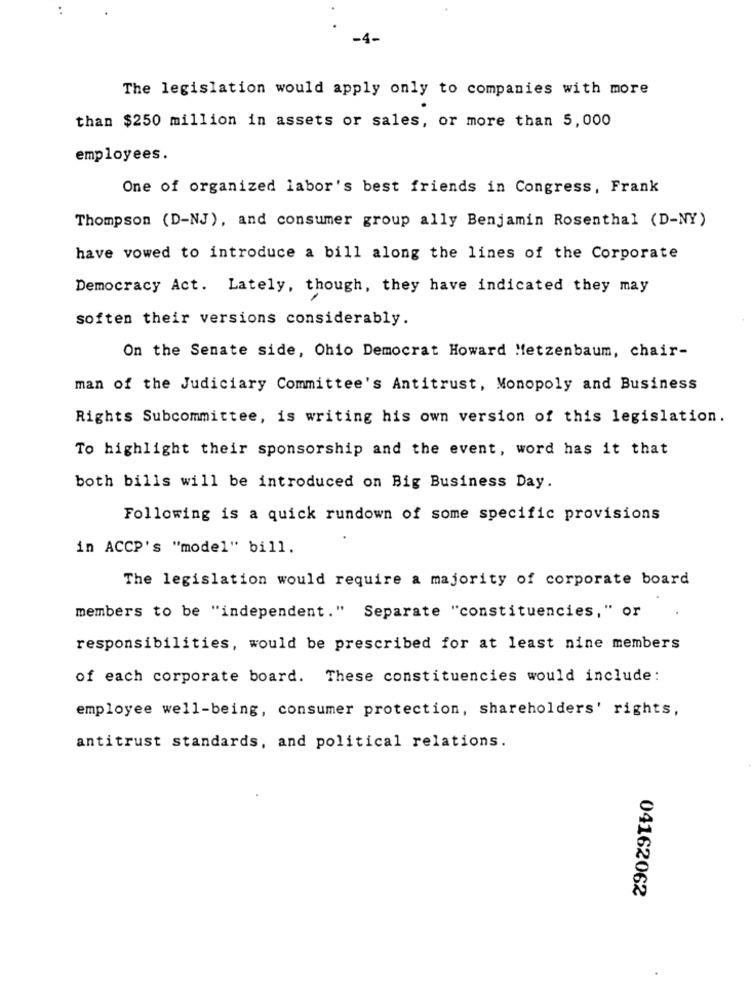
-4-
The legislation would apply only to companies with more
than $250 million in assets or sales, or more than 5,000
employees.
One of organized labor's best friends in Congress, Frank
Thompson (D-NJ), and consumer group ally Benjamin Rosenthal (D-NY)
have vowed to introduce a bill along the lines of the Corporate
Democracy Act. Lately, though, they have indicated they may
soften their versions considerably.
On the Senate side, Ohio Democrat Howard Metzenbaum, chair-
man of the Judiciary Committee's Antitrust, Monopoly and Business
Rights Subcommittee, is writing his own version of this legislation.
To highlight their sponsorship and the event, word has it that
both bills will be introduced on Big Business Day.
Following is a quick rundown of some specific provisions
in ACCP's "model" bill.
The legislation would require a majority of corporate board
members to be "independent." Separate "constituencies," or
responsibilities, would be prescribed for at least nine members
of each corporate board. These constituencies would include:
employee well-being, consumer protection, shareholders' rights,
antitrust standards, and political relations.
04162062